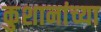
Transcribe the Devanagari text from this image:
कुशानांच्या